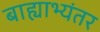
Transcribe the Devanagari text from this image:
बाह्याभ्यंतर